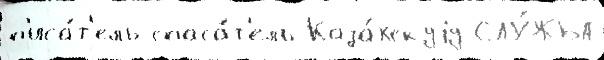
п'иса́т'ель спаса́т'ель Каза́хскуjу СЛУ́ЖБА